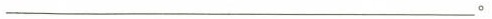
__________________。